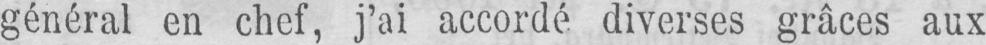
général en chef, j’ai accordé diverses grâces aux